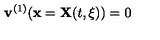
{ \bf v } ^ { ( 1 ) } ( { \bf x } = { \bf X } ( t , \xi ) ) = 0